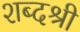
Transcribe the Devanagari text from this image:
शब्दश्री